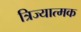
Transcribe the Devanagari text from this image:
त्रिज्यात्मक